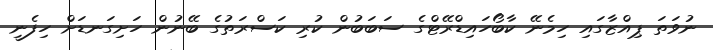
ނުވަތަ ޕިއްޒާގައި ހިމެނޭ ކާބޯހައިޑްރޭޓްގެ ސަބަބުން ކުރި ކަސްރަތުގެ ބޭނުން ހަށިގަނޑަށް ހިފެނީ